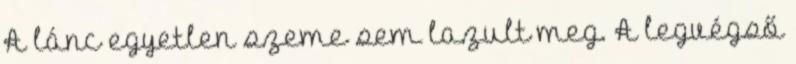
A lánc egyetlen szeme sem lazult meg. A legvégső